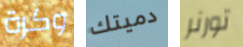
وكرة دميتك تورنر